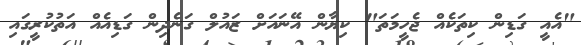
"އެއީ ގަޑިން ކިތަކެއް ޖެހީމަތަ" ކިޔާން އޭނައަށް ޒައުލް ގަނެދިން ގަޑިއެއް އަތުކުރީގައި